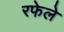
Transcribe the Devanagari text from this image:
रफेले